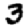
Digit: 3